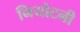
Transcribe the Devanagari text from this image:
नियोटनी